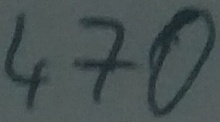
Text: 470